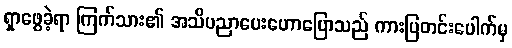
ရှာဖွေခဲ့ရာ ကြက်သား၏ အသိပညာပေးဟောပြောသည် ကားပြတင်းပေါက်မှ